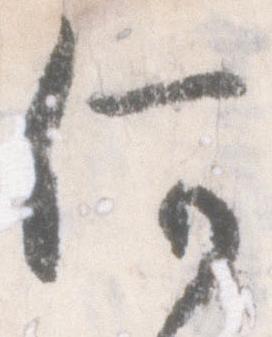
何